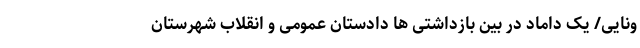
ونایی/ یک داماد در بین بازداشتی ها دادستان عمومی و انقلاب شهرستان